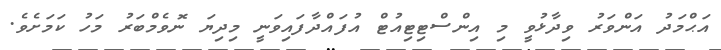
އަޙްމަދު އަންވަރު ވިދާޅުވީ މި އިންސްޓިޓިއުޓް އުފައްދާފައިވަނީ މިދިޔަ ނޮވެމްބަރު މަހު ކަމަށެވެ.